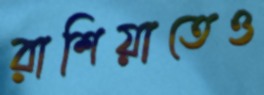
রাশিয়াতেও